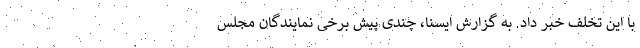
با این تخلف خبر داد. به گزارش ایسنا، چندی پیش برخی نمایندگان مجلس